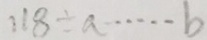
1 1 8 \div a \cdots b